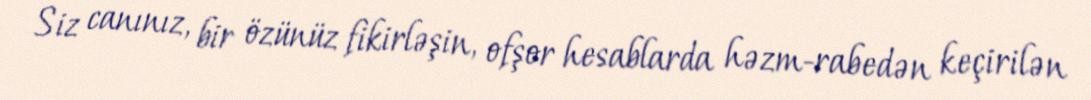
Siz canınız, bir özünüz fikirləşin, ofşor hesablarda həzm-rabedən keçirilən